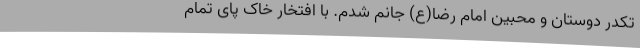
تکدر دوستان و محبین امام رضا(ع) جانم شدم. با افتخار خاک پای تمام